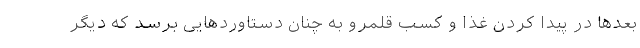
بعدها در پیدا کردن غذا و کسب قلمرو به چنان دستاوردهایی برسد که دیگر